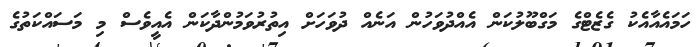
ހަމައެއާއެކު ގެޒެޓްގެ މަގްބޫލުކަން އެއްދުވަހުން އަނެއް ދުވަހަށް އިތުރުވަމުންދާކަން އެއީވެސް މި މަސައްކަތުގެ